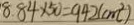
8 . 8 4 \times 5 0 = 9 4 2 ( c m ^ { 2 } )